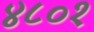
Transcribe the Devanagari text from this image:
४८०१